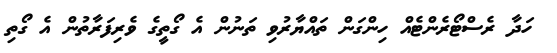
ހަދާ ރެސްޓޯރެންޓެއް ހިންގަން ތައްޔާރުވި ތަނުން އެ ގޯތީގެ ވެރިފަރާތުން އެ ގޯތި